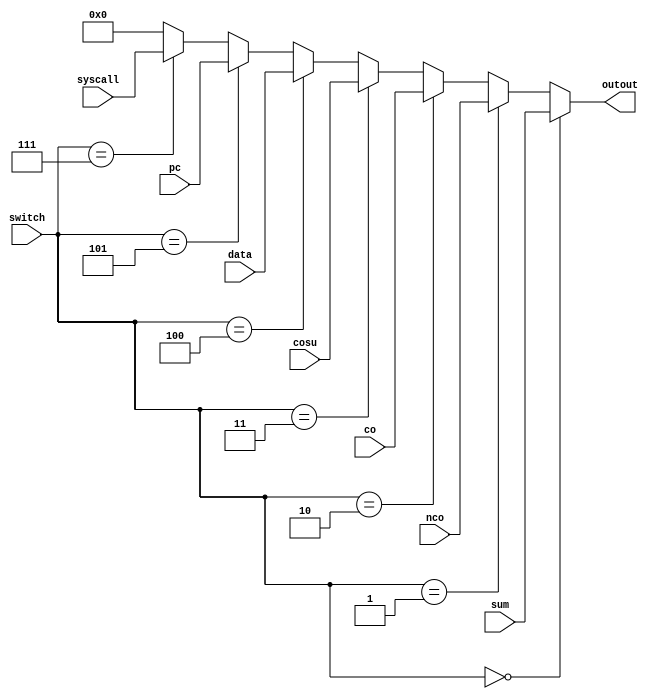
`timescale 1ns / 1ps
//////////////////////////////////////////////////////////////////////////////////
// Company: 
// Engineer: 
// 
// Design Name: 
// Module Name: display_ch
// Project Name: 
// Target Devices: 
// Tool Versions: 
// Description: 
// 
// Dependencies: 
// 
// Revision:
// Revision 0.01 - File Created
// Additional Comments:
// 
//////////////////////////////////////////////////////////////////////////////////


module display_ch(
input [31:0] sum,   //
input [31:0] nco,    //
input [31:0] co,     //
input [31:0] cosu,   //
input [31:0] pc,   //
input [31:0] syscall,
input [31:0] data,
input [2:0] switch, //
output  [31:0] outout
    );
    assign outout=  (switch==3'b000)?sum:
                    (switch==3'b001)?nco:
                    (switch==3'b010)?co:
                    (switch==3'b011)?cosu:
                    (switch==3'b100)?data:
                    (switch==3'b101)?pc:
                    (switch==3'b111)?syscall:0;
                 
endmodule